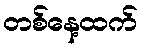
တစ်နေ့ထက်